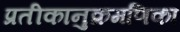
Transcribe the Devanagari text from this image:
प्रतीकानुक्रमणिका